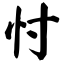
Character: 忖